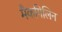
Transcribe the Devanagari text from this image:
मैकगिलिन